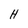
Character: H